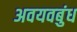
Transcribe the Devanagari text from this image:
अवयवबुंध